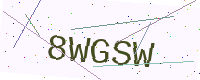
Text: 8WGSW